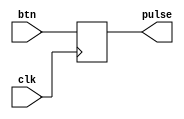
`timescale 1ns / 1ps
//////////////////////////////////////////////////////////////////////////////////
// Company: 
// Engineer: 
// 
// Design Name: 
// Module Name: my_dff
// Project Name: 
// Target Devices: 
// Tool Versions: 
// Description: 
// 
// Dependencies: 
// 
// Revision:
// Revision 0.01 - File Created
// Additional Comments:
// 
//////////////////////////////////////////////////////////////////////////////////


module my_dff(
    input clk, input btn, output reg pulse = 0
    );
always @(posedge clk) begin
    pulse <= btn;
end
endmodule